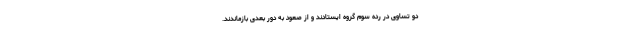
دو تساوی در رده سوم گروه ایستادند و از صعود به دور بعدی بازماندند.